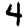
Digit: 4